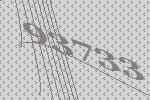
93733